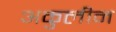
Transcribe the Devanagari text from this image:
अकुलीन